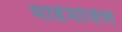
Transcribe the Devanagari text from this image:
माडेमोजेल